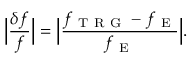
\Big \vert \frac { \delta f } { f } \Big \vert = \Big \vert \frac { f _ { \mathrm { ~ T ~ R ~ G ~ } } - f _ { \mathrm { ~ E ~ } } } { f _ { \mathrm { ~ E ~ } } } \Big \vert .